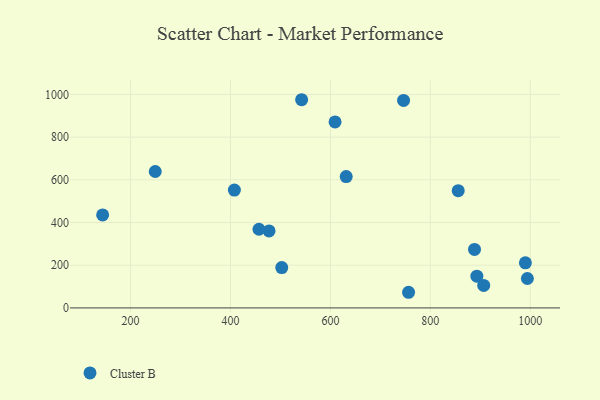
{"axis": {"x": "Speed", "y": "Fuel Efficiency"}, "legend": ["Cluster B"], "data": [{"x": "457.0", "y": 368.5, "type": "Cluster B"}, {"x": "631.6", "y": 615.2, "type": "Cluster B"}, {"x": "407.8", "y": 551.8, "type": "Cluster B"}, {"x": "477.2", "y": 360.5, "type": "Cluster B"}, {"x": "609.3", "y": 871.2, "type": "Cluster B"}, {"x": "994.2", "y": 137.9, "type": "Cluster B"}, {"x": "746.4", "y": 972.0, "type": "Cluster B"}, {"x": "990.2", "y": 211.3, "type": "Cluster B"}, {"x": "756.4", "y": 73.3, "type": "Cluster B"}, {"x": "249.4", "y": 638.9, "type": "Cluster B"}, {"x": "542.4", "y": 975.2, "type": "Cluster B"}, {"x": "144.1", "y": 435.7, "type": "Cluster B"}, {"x": "888.4", "y": 273.9, "type": "Cluster B"}, {"x": "893.1", "y": 148.6, "type": "Cluster B"}, {"x": "855.8", "y": 549.0, "type": "Cluster B"}, {"x": "502.6", "y": 189.2, "type": "Cluster B"}, {"x": "906.8", "y": 105.4, "type": "Cluster B"}]}